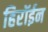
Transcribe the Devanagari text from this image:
हिरॉईन